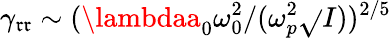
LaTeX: \gamma_{\mathfrak{r}\mathfrak{r}}\sim(\lambdaa_{0}\omega_{0}^{2}/(\omega_{p}^{2}\sqrt{}{{I}}))^{2/5}